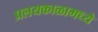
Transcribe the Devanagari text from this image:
प्रलयकाळामध्ये